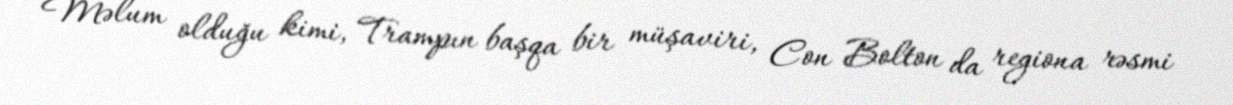
Məlum olduğu kimi, Trampın başqa bir müşaviri, Con Bolton da regiona rəsmi